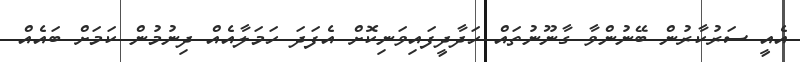
އެއީ ސަރުކާރުން ބޭނުންވާ ގާނޫނުތައް ހަދާދީފައިވަނިކޮށް އެފަދަ ހަމަލާއެއް ދިނުމުން ކަމަށް ބައެއް